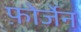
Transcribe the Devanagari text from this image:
फ़ोर्जेन